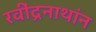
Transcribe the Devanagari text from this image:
रवींद्रनाथांन